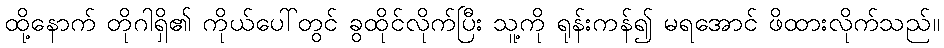
ထို့နောက် တိုဂါရှိ၏ ကိုယ်ပေါ်တွင် ခွထိုင်လိုက်ပြီး သူ့ကို ရုန်းကန်၍ မရအောင် ဖိထားလိုက်သည်။